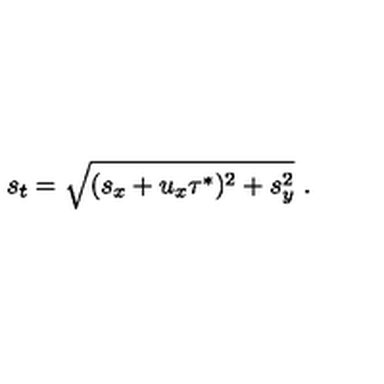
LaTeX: s _ { t } = \sqrt { ( s _ { x } + u _ { x } \tau ^ { * } ) ^ { 2 } + s _ { y } ^ { 2 } } \ .